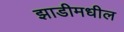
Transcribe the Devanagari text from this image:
झाडीमधील